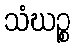
သံဃဉ္စ